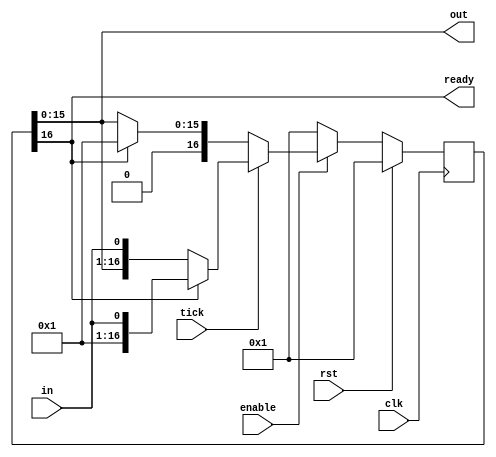
module serial_to_parallel(
    input clk,
    input rst,
    input tick,
    input enable,
    input in,
    output [15:0] out,
    output ready
);

   reg [16:0] shiftreg_d, shiftreg_q;

   always @(*) begin

      if (enable) begin

	 shiftreg_d = shiftreg_q;

	 if (tick) begin
	    if (ready) begin
	       shiftreg_d = {16'h0001, in};
	    end else begin
	       shiftreg_d = {shiftreg_q[15:0], in};
	    end
	 end else if (ready) begin
	    shiftreg_d = 17'h00001;
	 end

      end else begin

	 shiftreg_d = 17'h00001;

      end

   end

   always @(posedge clk) begin
      if (rst) begin
	 shiftreg_q <= 17'h00001;
      end else begin
	 shiftreg_q <= shiftreg_d;
      end
   end

   assign out = shiftreg_q[15:0];
   assign ready = shiftreg_q[16];

endmodule // serial_to_parallel